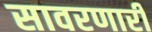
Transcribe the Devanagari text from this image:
सावरणारी